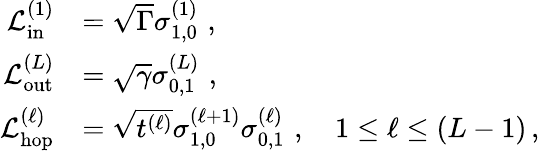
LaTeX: \begin{array}{rl}{\mathcal{L}_{\mathrm{in}}^{(1)}}&{=\sqrt{\Gamma}\sigma_{1,0}^{(1)}\, \, ,}\\ {\mathcal{L}_{\mathrm{out}}^{(L)}}&{=\sqrt{\gamma}\sigma_{0,1}^{(L)}\, \, ,}\\ {\mathcal{L}_{\mathrm{hop}}^{(\ell)}}&{=\sqrt{t^{(\ell)}}\sigma_{1,0}^{(\ell+1)}\sigma_{0,1}^{(\ell)}\, \, ,\ \ \ \ 1\le\ell\le\left(L-1\right)\, ,}\end{array}